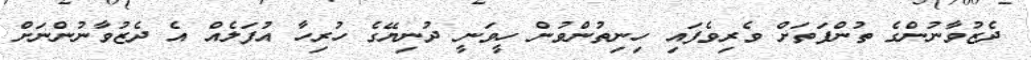
ދެޒުވާނުންގެ ތުންފަތަށް ވެރިވެފައި ހިނިތުންވުން ހީވަނީ ދުނިޔޭގެ ހުރިހާ އުފަލެއް އެ ދެޒުވާނުންނަށް